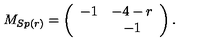
M _ { S p ( r ) } = \left( \begin{array} { c c } { - 1 } & { - 4 - r } \\ { } & { - 1 } \\ \end{array} \right) .